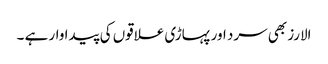
الارز بھی سرد اور پہاڑی علاقوں کی پیدا وار ہے ۔